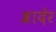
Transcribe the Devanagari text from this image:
श्रादेर